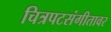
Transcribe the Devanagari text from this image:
चित्रपटसंगीतावर